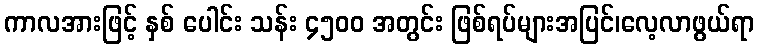
ကာလအားဖြင့် နှစ် ပေါင်း သန်း ၄၅၀၀ အတွင်း ဖြစ်ရပ်များအပြင်၊လေ့လာဖွယ်ရာ